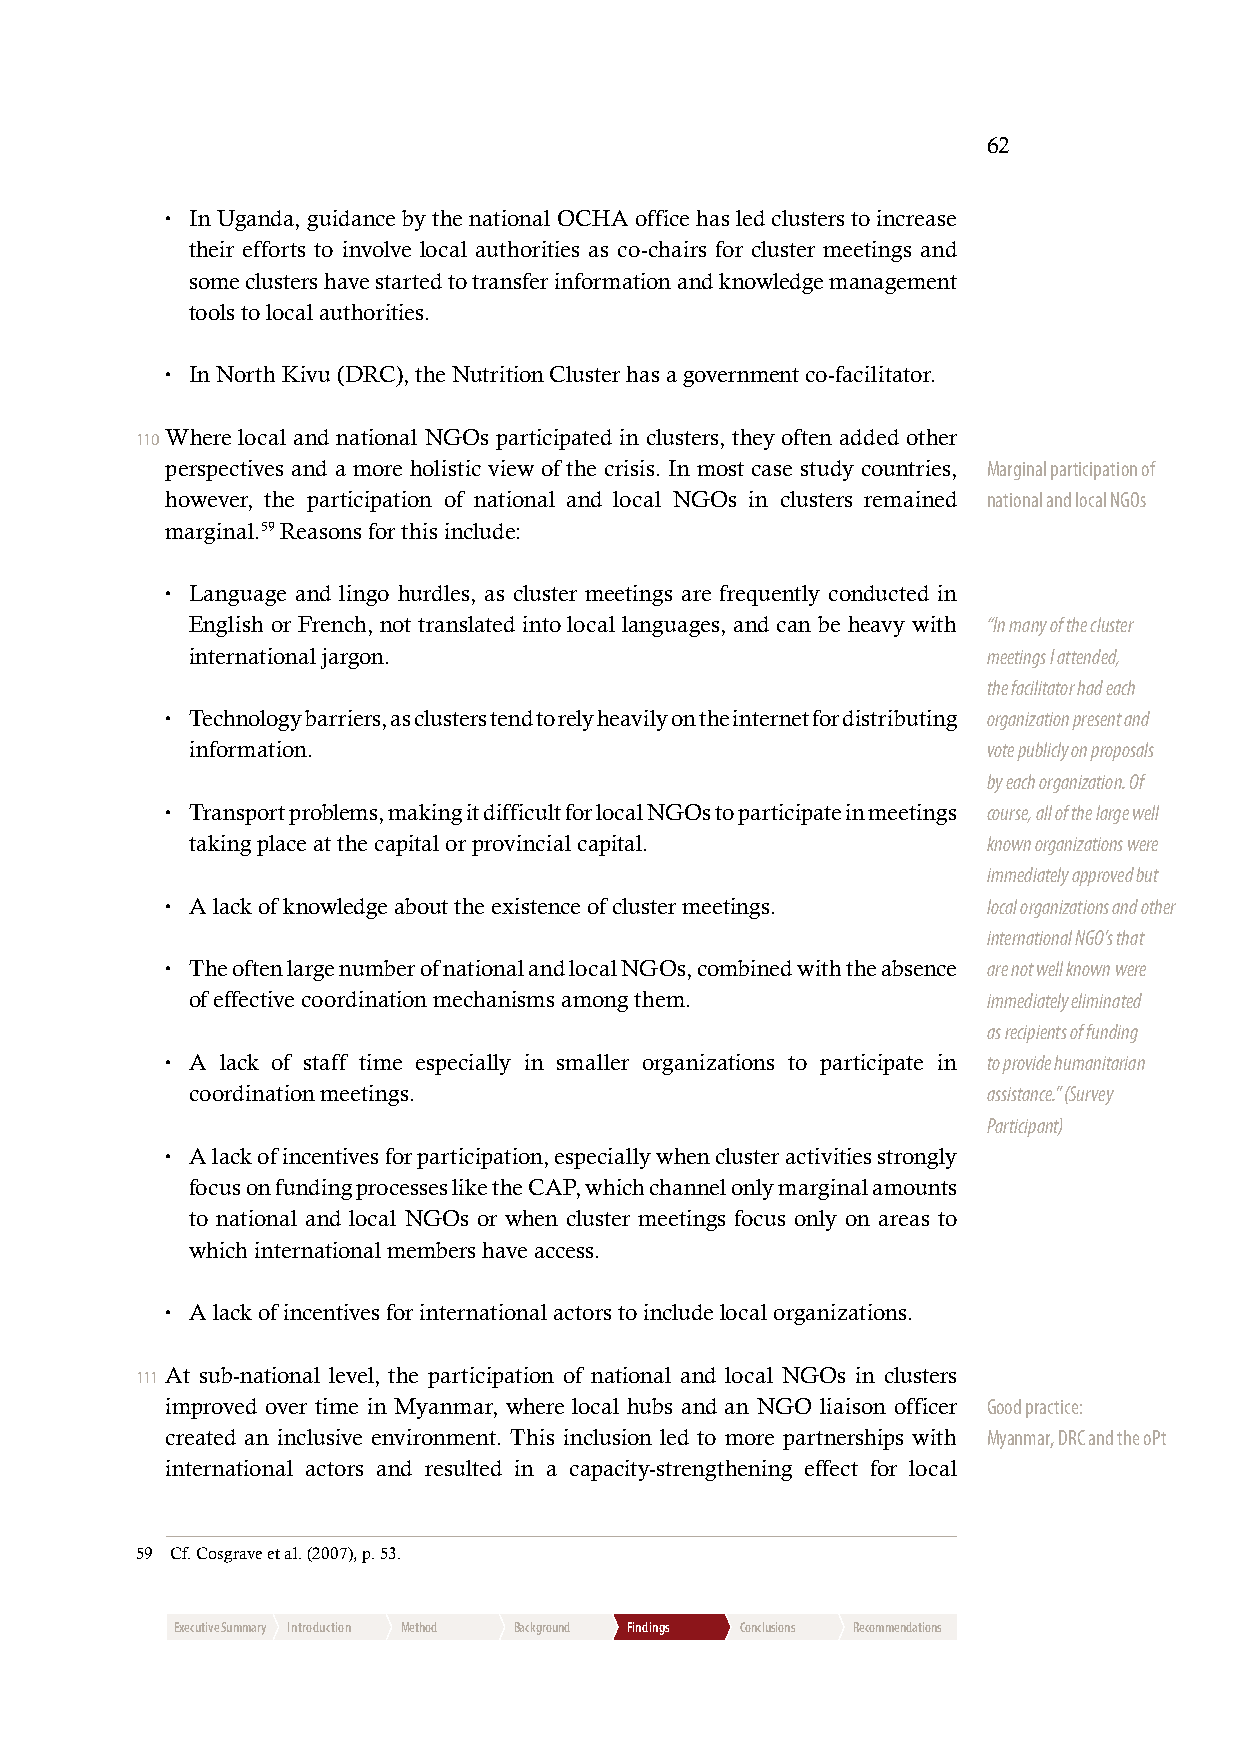
62
 • I n Uganda, guidance by the national OCHA office has led clusters to increase
 their efforts to involve local authorities as co-chairs for cluster meetings and
 some clusters have started to transfer information and knowledge management
 tools to local authorities.
 • I n North Kivu (DRC), the Nutrition Cluster has a government co-facilitator.
 110 Where local and national NGOs participated in clusters, they often added other
 perspectives and a more holistic view of the crisis. In most case study countries, Marginal participation of
 however, the participation of national and local NGOs in clusters remained national and local NGOs
 marginal.59 Reasons for this include:
 • L anguage and lingo hurdles, as cluster meetings are frequently conducted in
 English or French, not translated into local languages, and can be heavy with “In many of the cluster
 international jargon.                               meetings I attended,
 the facilitator had each
 • T echnology barriers, as clusters tend to rely heavily on the internet for distributing organization present and
 information.                                        vote publicly on proposals
 by each organization. Of
 • T ransport problems, making it difficult for local NGOs to participate in meetings course, all of the large well
 taking place at the capital or provincial capital.  known organizations were
 immediately approved but
 • A lack of knowledge about the existence of cluster meetings. local organizations and other
 international NGO’s that
 • T he often large number of national and local NGOs, combined with the absence are not well known were
 of effective coordination mechanisms among them.    immediately eliminated
 as recipients of funding
 • A lack of staff time especially in smaller organizations to participate in to provide humanitarian
 coordination meetings.                              assistance.” (Survey
 Participant)
 • A lack of incentives for participation, especially when cluster activities strongly
 focus on funding processes like the CAP, which channel only marginal amounts
 to national and local NGOs or when cluster meetings focus only on areas to
 which international members have access.
 • A lack of incentives for international actors to include local organizations.
 111 At sub-national level, the participation of national and local NGOs in clusters
 improved over time in Myanmar, where local hubs and an NGO liaison officer Good practice:
 created an inclusive environment. This inclusion led to more partnerships with Myanmar, DRC and the oPt
 international actors and resulted in a capacity-strengthening effect for local
 59 Cf. Cosgrave et al. (2007), p. 53.
 Executive Summary Introduction Method Background Findings Conclusions Recommendations